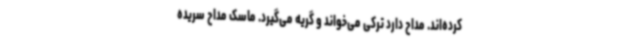
کرده‌اند. مداح دارد ترکی می‌خواند و گریه می‌گیرد. ماسک مداح سریده